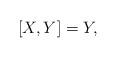
LaTeX: \begin{align*} [X, Y] = Y, \end{align*}